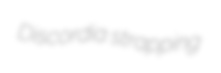
Discordia strapping